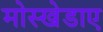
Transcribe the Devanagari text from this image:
मोस्खेडाए